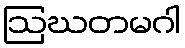
ဩဃတမဂါ